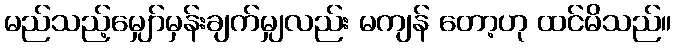
မည်သည့်မျှော်မှန်းချက်မျှလည်း မကျန် တော့ဟု ထင်မိသည်။